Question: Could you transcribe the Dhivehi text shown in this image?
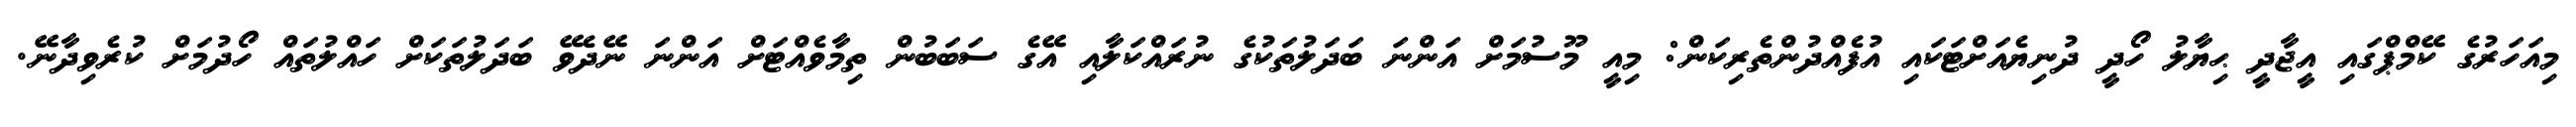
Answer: މިއަހަރުގެ ކޭމްޕްގައި އީޖާދީ ޙިޔާލު ހޯދީ ދުނިޔެއަށްޓަކައި އުފެއްދުންތެރިކަން: މިއީ މޫސުމަށް އަންނަ ބަދަލުތަކުގެ ނުރައްކަލާއި އޭގެ ސަބަބުން ތިމާވެއްޓަށް އަންނަ ނޭދެވޭ ބަދަލުތަކަށް ހައްލުތައް ހޯދުމަށް ކުރެވިދާނޭ.